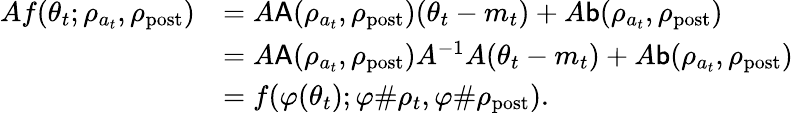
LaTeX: \begin{array}{rl}{Af(\theta_{t};\rho_{a_{t}},\rho_{\mathrm{post}})}&{=A\mathsf{A}(\rho_{a_{t}},\rho_{\mathrm{post}})(\theta_{t}-m_{t})+A\mathsf{b}(\rho_{a_{t}},\rho_{\mathrm{post}})}\\ &{=A\mathsf{A}(\rho_{a_{t}},\rho_{\mathrm{post}})A^{-1}A(\theta_{t}-m_{t})+A\mathsf{b}(\rho_{a_{t}},\rho_{\mathrm{post}})}\\ &{=f(\varphi(\theta_{t});\varphi\# \rho_{t},\varphi\# \rho_{\mathrm{post}}).}\end{array}